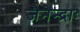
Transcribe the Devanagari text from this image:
जैनेन्द्राः